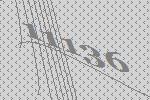
11136